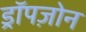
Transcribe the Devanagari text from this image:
ड्रॉपज़ोन